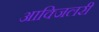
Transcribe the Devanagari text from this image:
आक्जिलरी